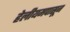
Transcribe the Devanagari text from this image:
हेलीयमपासून